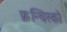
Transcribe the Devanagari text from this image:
फ्रन्चिस्को